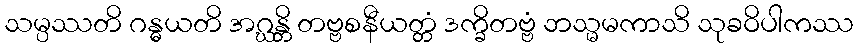
သမ္ပဿတိ ဂန္ဓယတိ အဂ္ဃန္တိ တဗ္ဗစနီယတ္တံ ဒက္ခိတဗ္ဗံ ဘသ္မမကာသိ သုခဝိပါကဿ